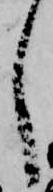
し